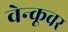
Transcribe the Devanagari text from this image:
वेन्कूवर